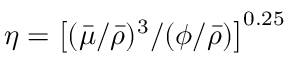
\eta = \left[ ( \bar { \mu } / \bar { \rho } ) ^ { 3 } / ( \phi / \bar { \rho } ) \right] ^ { 0 . 2 5 }